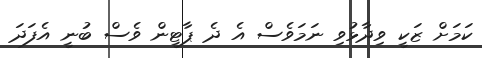
ކަމަށް ޒަކީ ވިދާޅުވި ނަމަވެސް އެ ދެ ޕާޓީން ވެސް ބުނީ އެފަދަ